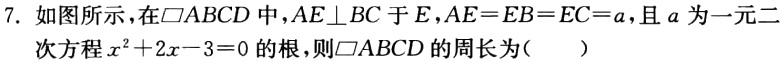
7. 如图所示，在$\square ABCD$中，$AE\perp BC$于$E$，$AE = EB = EC = a$，且$a$为一元二次方程$x^{2}+2x - 3 = 0$的根，则$\square ABCD$的周长为(  )